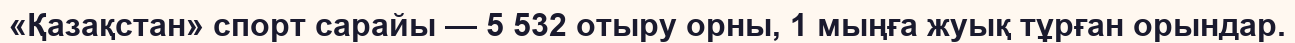
«Қазақстан» спорт сарайы — 5 532 отыру орны, 1 мыңға жуық тұрған орындар.